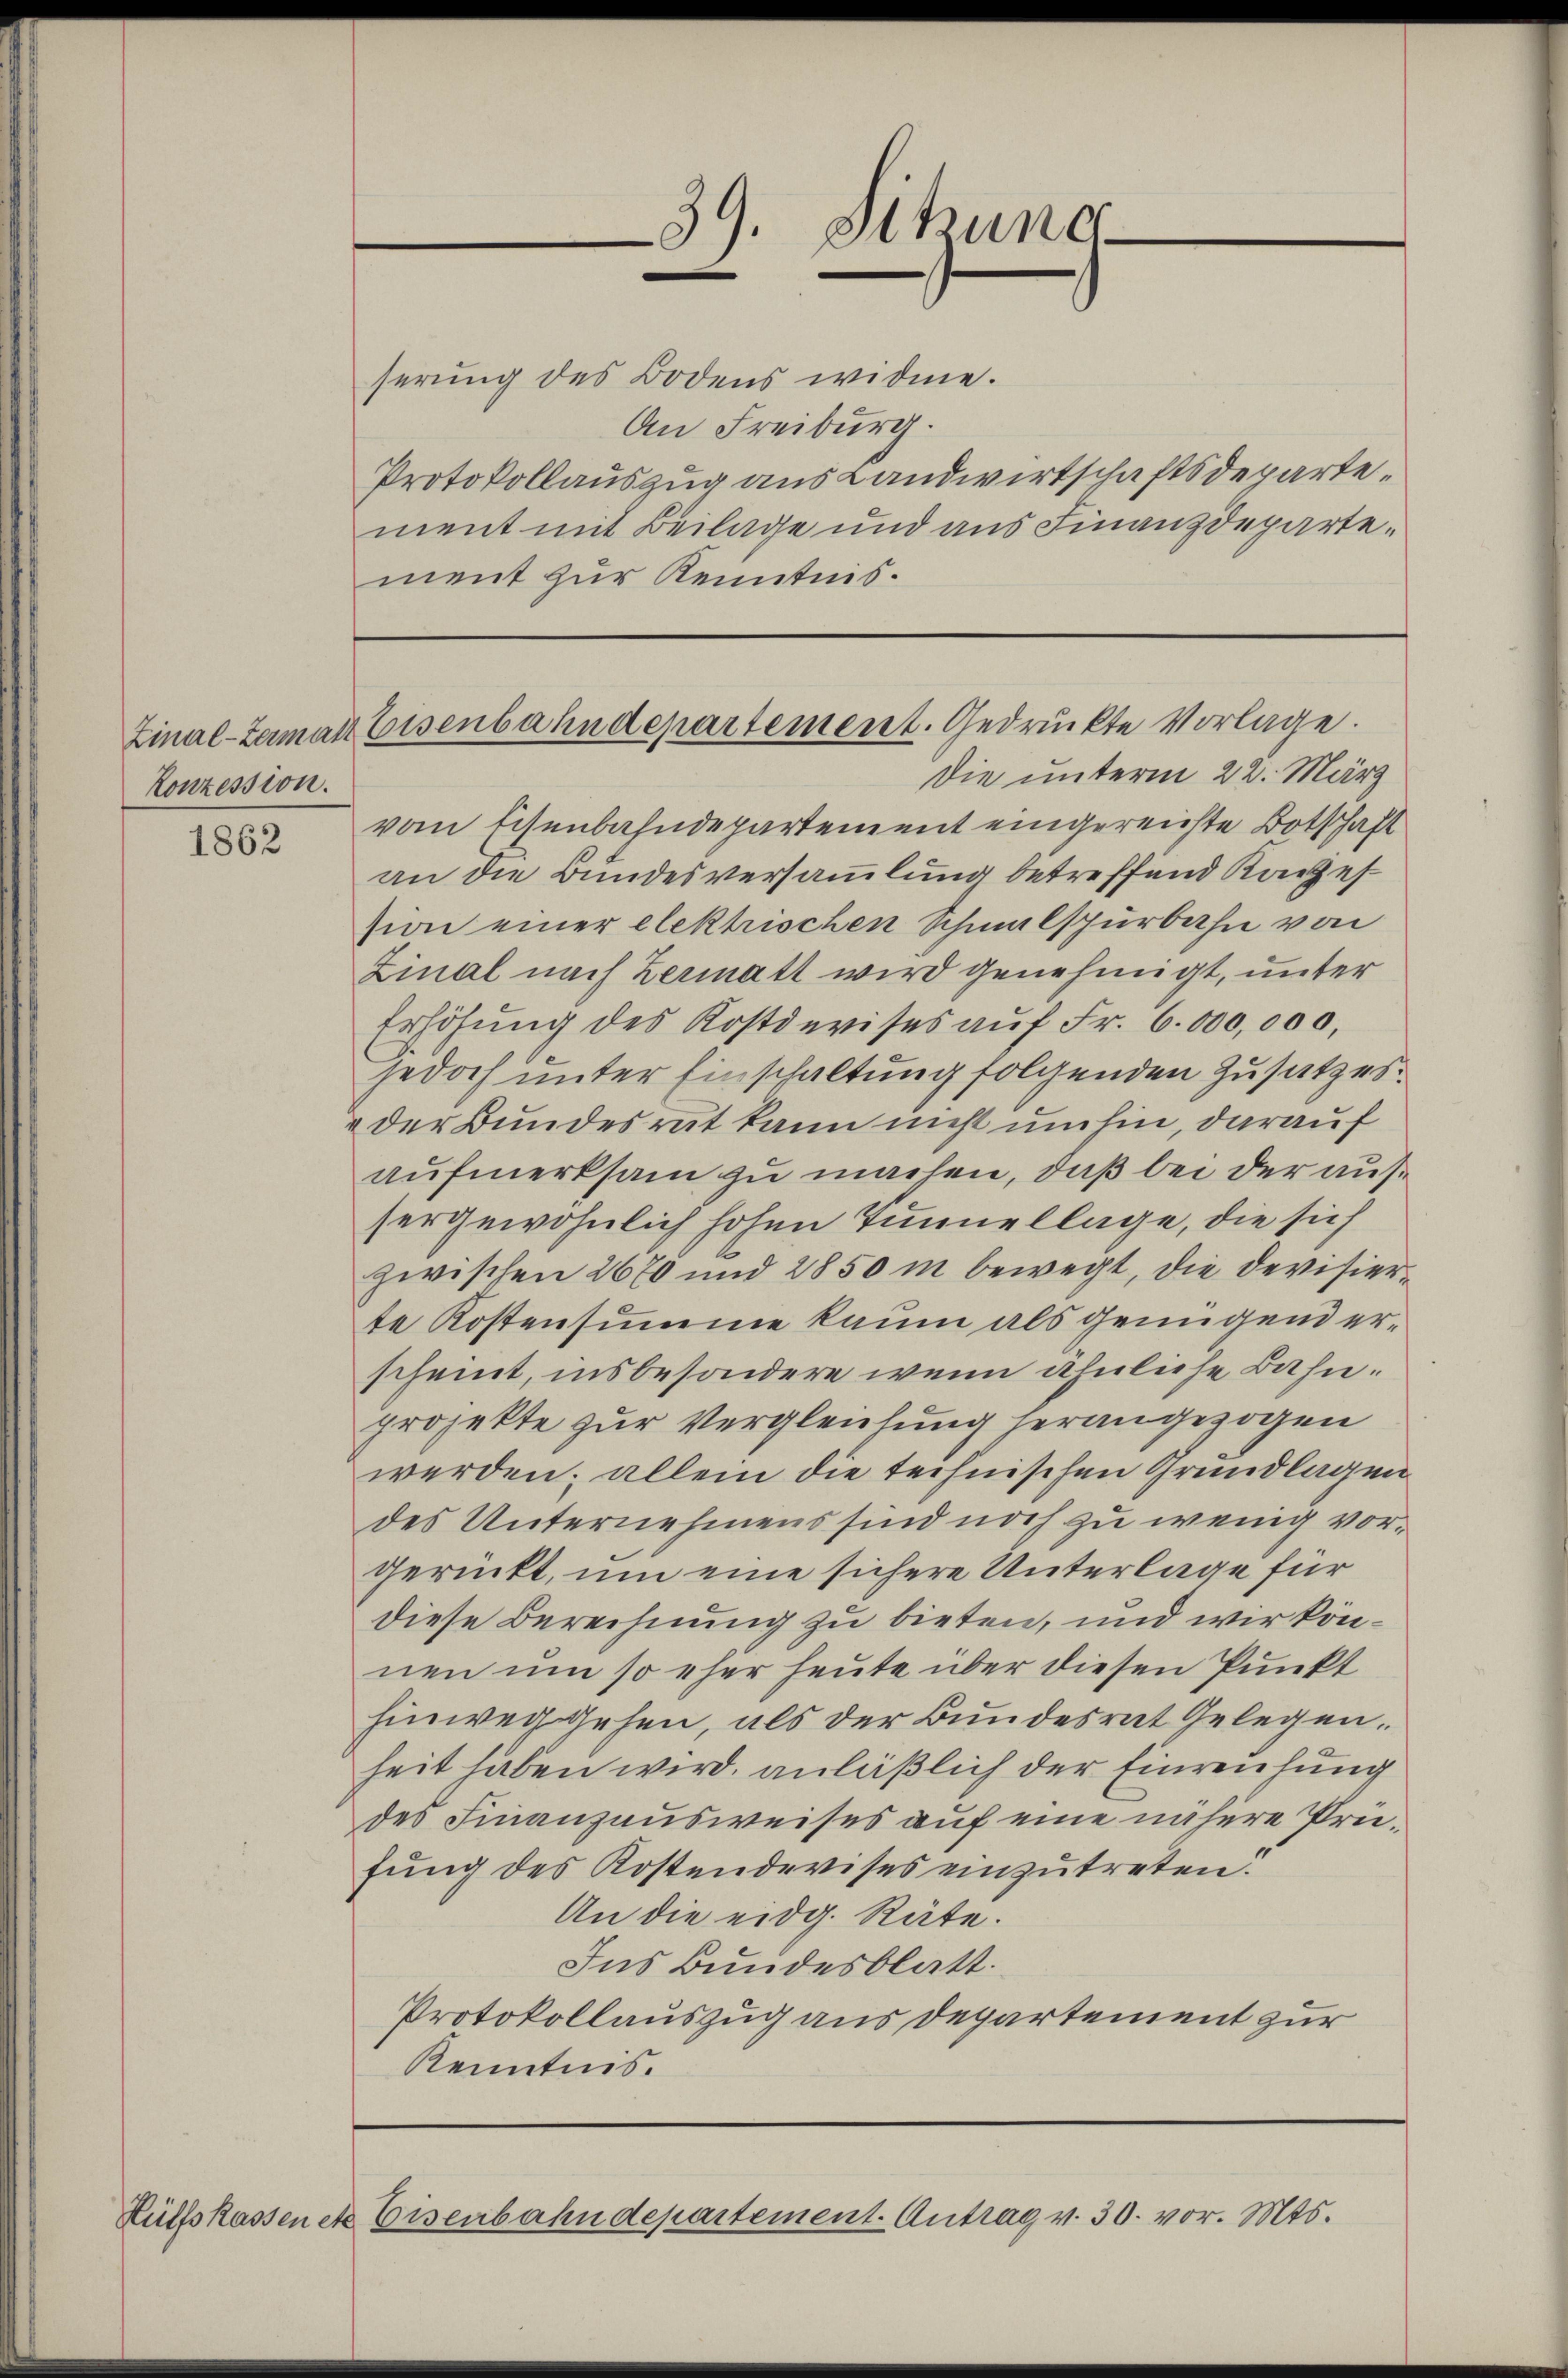
Konzession.

1862

39. Shunc-

serung des Bodens widme.
An Freiburg.
Protokollauszug aus Landwirtschaftsdepartement mit Beilage und aus Finanzdepartement zur Kenntnis.

Zinal-Zermatt Eisenbahndepartement. Gedrückte Vorlage.

Die unterm 22. März
vom Eisenbahndepartement eingereichte Botschaft
an die Bundesversammlung betreffend Konzession einer elektrischen Schmalspurbahn von
Zinal nach Hermatt wird genehmigt, unter
Erhöhung des Kostdevises aŭf Fr. 6. 000,000,
jedoch unter Einschaltung folgenden Zusatzes.
der Bundesrat kann nicht umhin, darauf
aufmerksam zu machen, daß bei der aussergewöhnlich hohen Tunnellage, die sich
zwischen 2670 und 2850 in bewegt, die Devisierte Kostensumme kaum als genügend erscheint, insbesondere wenn ähnliche Bahnprojekte zur Vergleichung herangezogen
werden; allein die technischen Grundlagen
des Unternehmens sind noch zu wenig vorgerückt, um eine sichere Unterlage für
diese Berechnung zu bieten, und wir können um so eher heute über diesen Punkt
hinweggehen, als der Bundesrat Gelegenheit haben wird, anläßlich der Einreichung
des Finanzausweises auf eine nähere Prüfung des Kostendevises einzutreten.
An die eidg. Räte.
Ins Bundesblatt.
Protokollauszug aus Departement zur
Kenntnis.

Hülfskassen etc. Eisenbahndepartement. Antrag v. 30. vor. Mts.